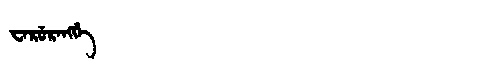
Manchu: ᠸᠠᡵᡠᡵᠠᠩᡤᡝ
Romanization: WARURANGGE